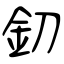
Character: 釖